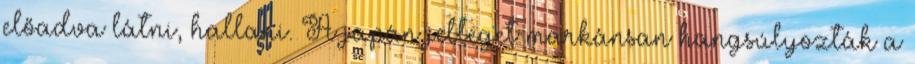
előadva látni, hallani. A japán jelleget markánsan hangsúlyozták a